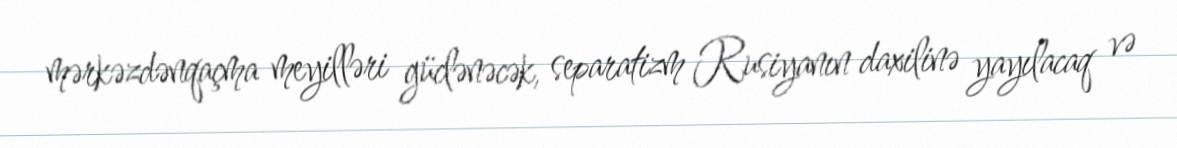
mərkəzdənqaçma meyilləri güclənəcək, separatizm Rusiyanın daxilinə yayılacaq və